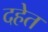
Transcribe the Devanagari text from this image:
दहेत